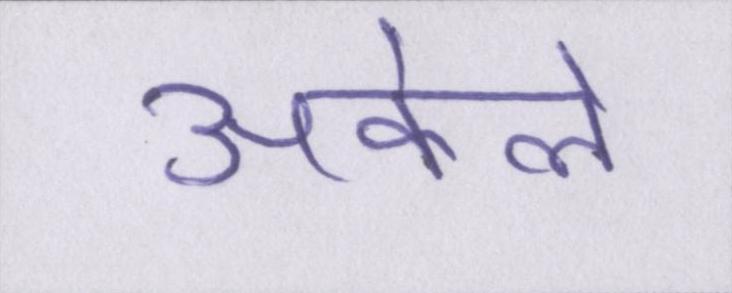
अकेले